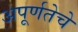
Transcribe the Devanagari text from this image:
अपूर्णतेचे